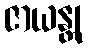
ဇာယန္တု